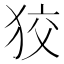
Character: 狡